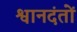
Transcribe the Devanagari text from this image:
श्वानदंतों